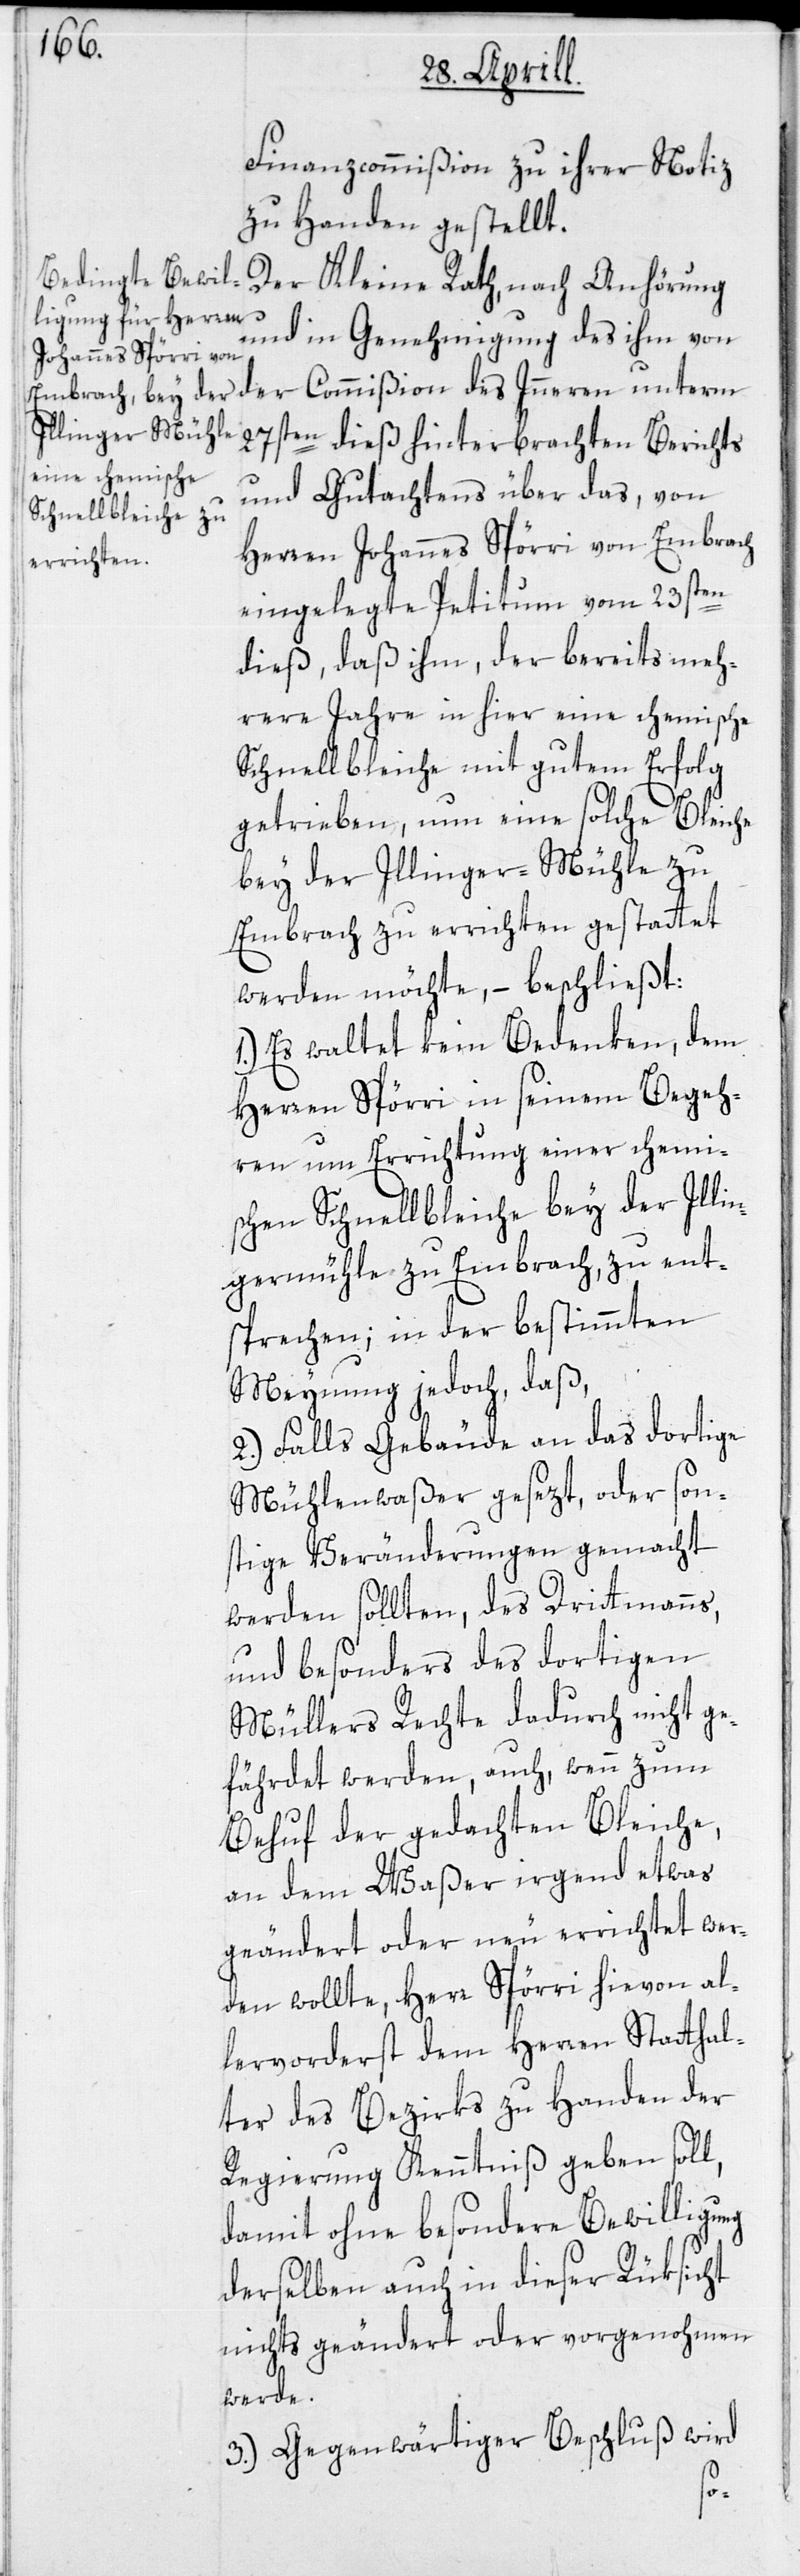
Finanzcommißion zu ihrer Notiz
zu Handen gestellt.
Der Kleine Rath, nach Anhörung
und in Genehmigung des ihm von
der Commißion des Inneren unterm
27sten dieß hinterbrachten Berichts
und Gutachtens über das, von
Herren Johannes Spörri von Embrach
eingelegte Petitum vom 23sten
dieß, daß ihm, der bereits meh¬
rere Jahre in hier eine chemische
Schnellbleiche mit gutem Erfolg
getrieben, um eine solche Bleiche
bey der Illinger-Mühle zu
Embrach zu errichten gestattet
werden möchte, – beschließt:
1.) Es waltet kein Bedenken, dem
Herren Spörri in seinem Begeh¬
ren um Errichtung einer chemi¬
schen Schnellbleiche bey der Illi¬
ngermühle zu Embrach, zu ent¬
sprechen; in der bestimmten
Meynung jedoch, daß,
2.) Falls Gebäude an das dortige
Mühlenwaßer gesezt, oder son¬
stige Veränderungen gemacht
werden sollten, des Drittmanns,
und besonders des dortigen
Müllers Rechte dadurch nicht ge¬
fährdet werden, auch, wenn zum
Behuf der gedachten Bleiche,
an dem Waßer irgend etwas
geändert oder neu errichtet wer¬
den wollte, Herr Spörri hievon al¬
lervorderst dem Herren Statthal¬
ter des Bezirks zu Handen der
Regierung Kenntniß geben soll,
damit ohne besondere Bewilligung
derselben auch in dieser Rüksicht
nichts geändert oder vorgenohmen
werde.
3.) Gegenwärtiger Beschluß wird